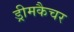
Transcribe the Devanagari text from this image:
ड्रीमकैचर